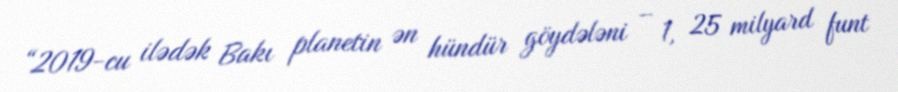
“2019-cu ilədək Bakı planetin ən hündür göydələni – 1, 25 milyard funt